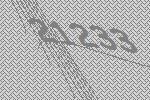
21233